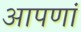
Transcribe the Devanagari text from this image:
आपणां